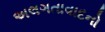
અલગતાવાદનો